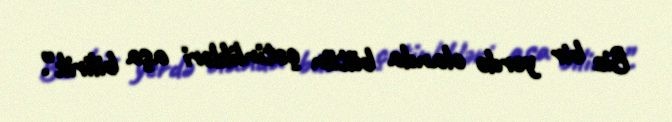
Biz bir yerdə olanda bütün çətinlikləri aşa bilirik”.